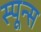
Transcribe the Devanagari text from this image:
स्पून्स